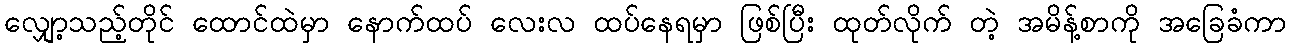
လျှော့သည့်တိုင် ထောင်ထဲမှာ နောက်ထပ် လေးလ ထပ်နေရမှာ ဖြစ်ပြီး ထုတ်လိုက် တဲ့ အမိန့်စာကို အခြေခံကာ